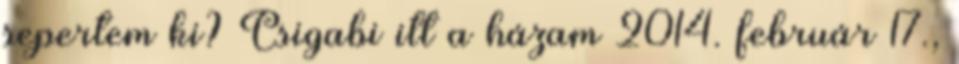
sepertem ki? Csigabi itt a házam 2014. február 17.,